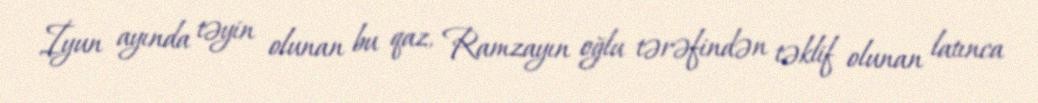
İyun ayında təyin olunan bu qaz, Ramzayın oğlu tərəfindən təklif olunan latınca